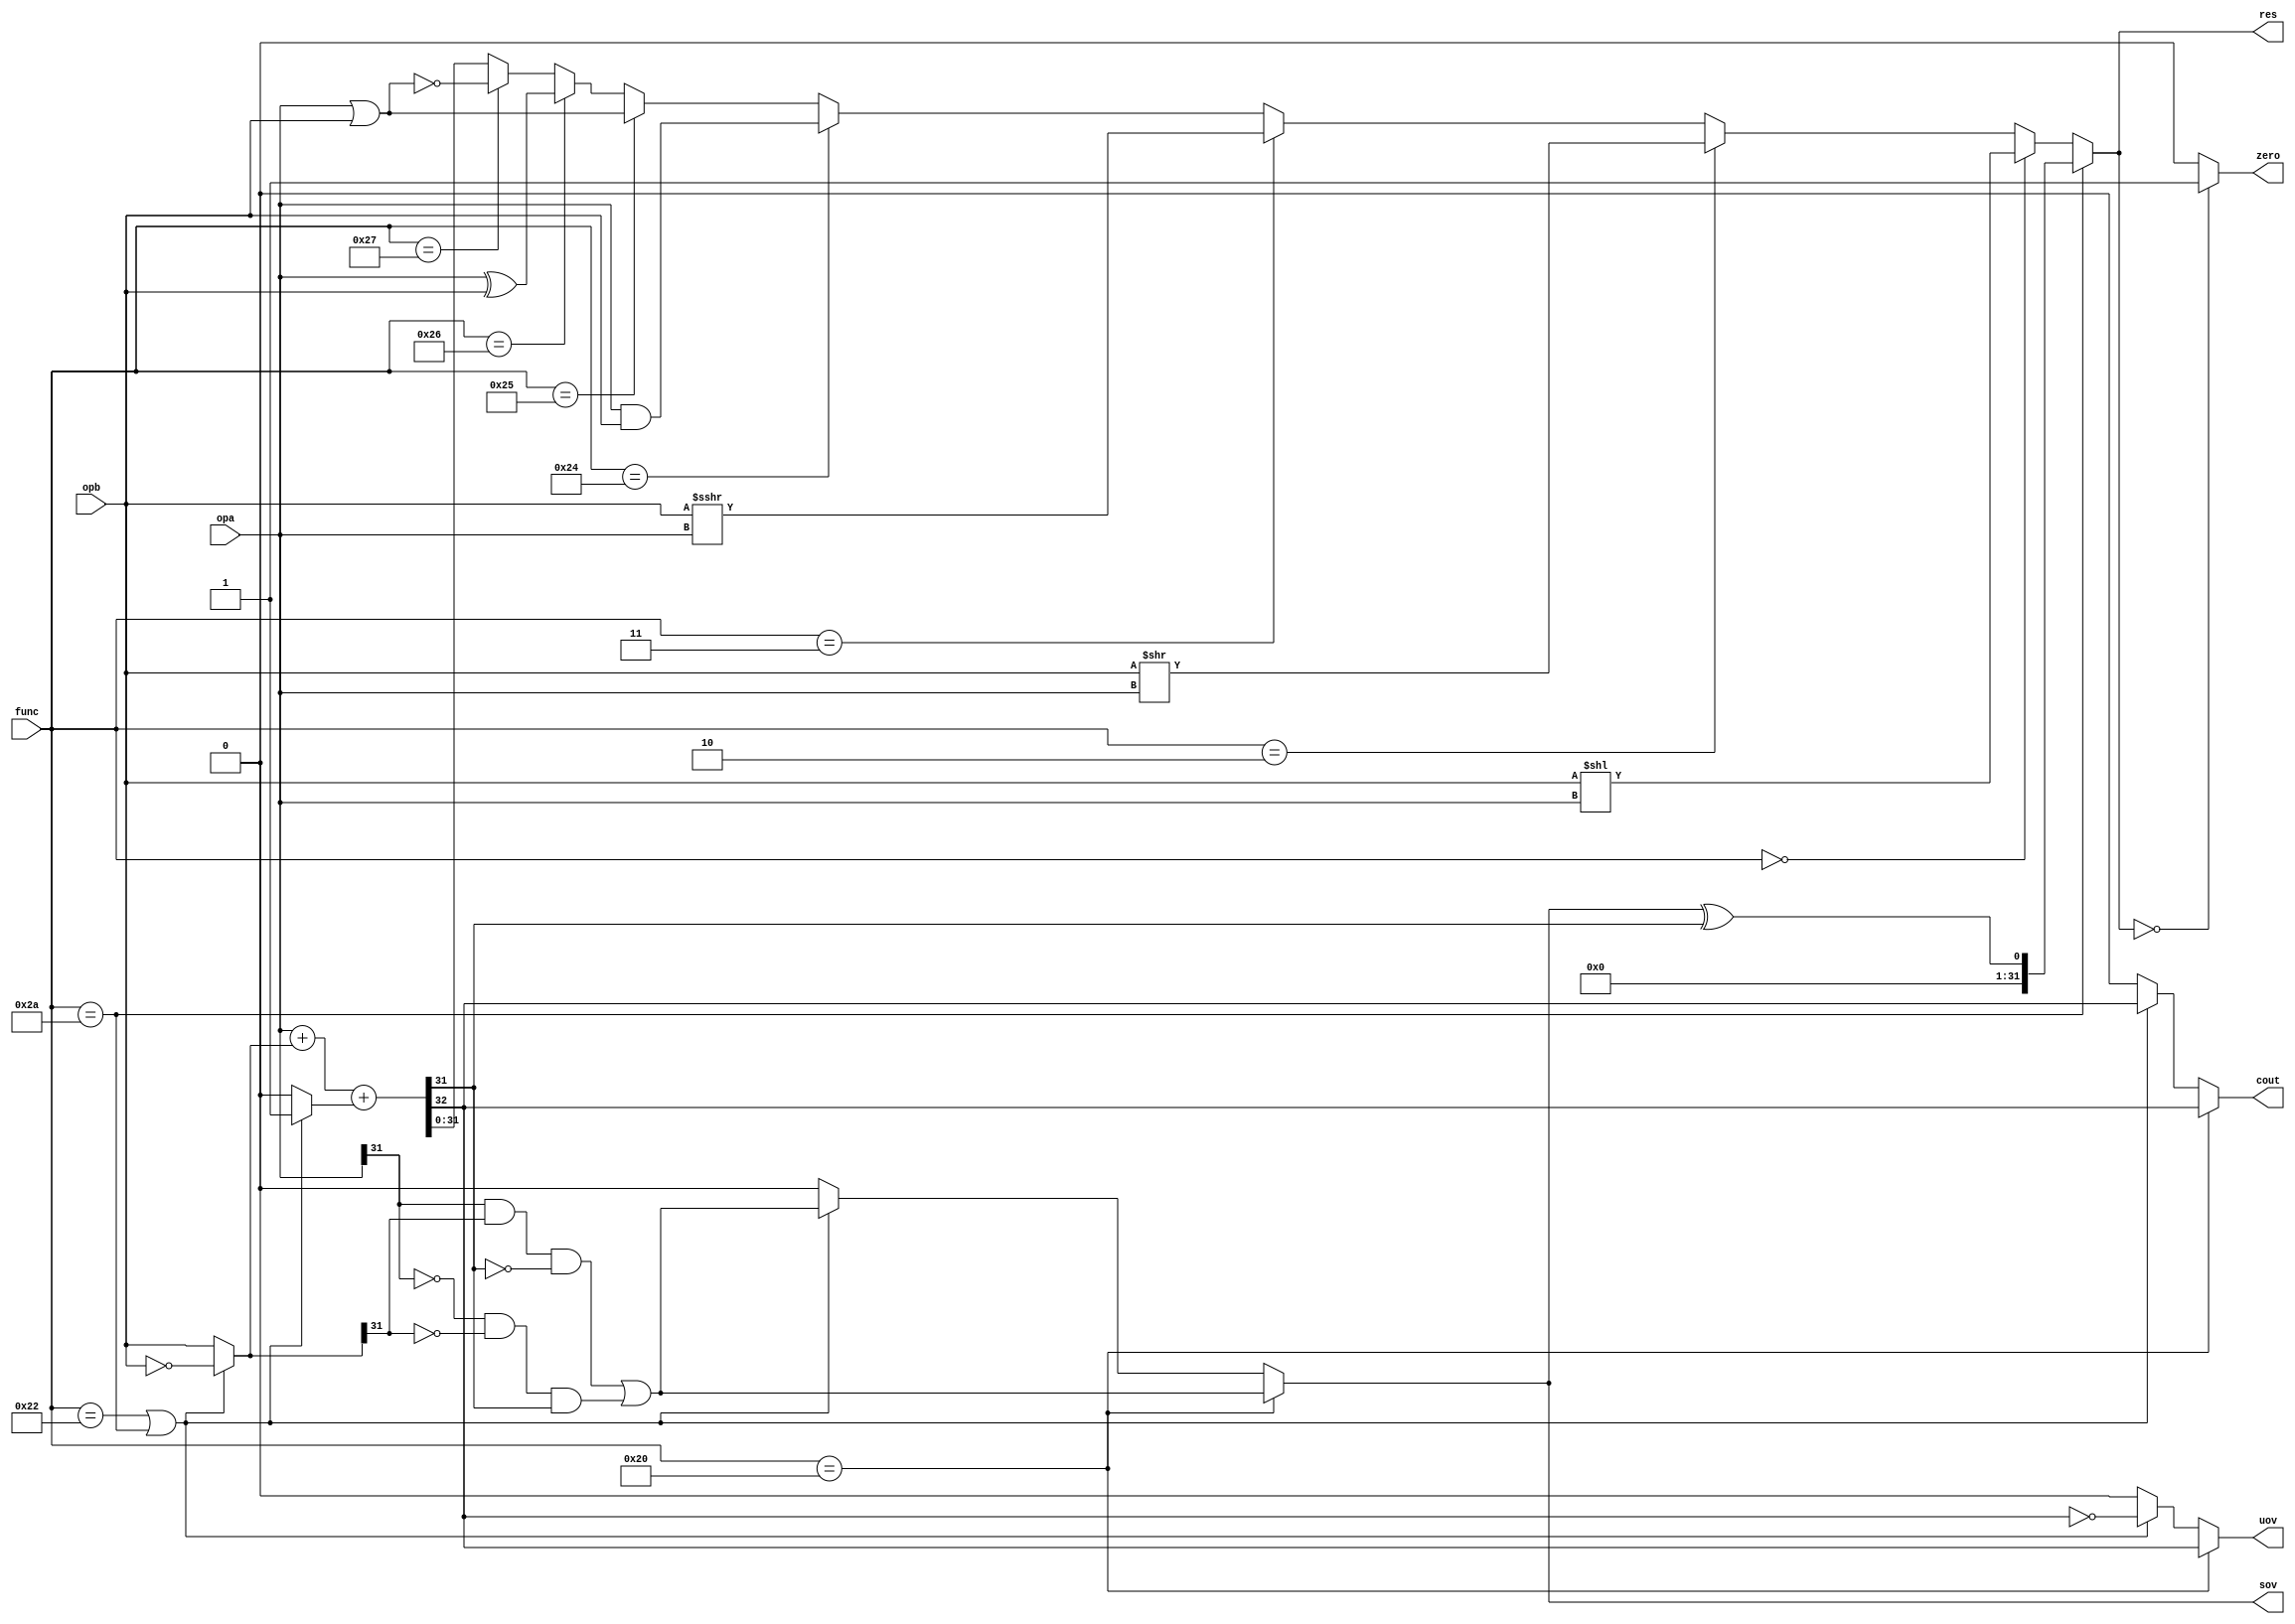
`timescale 1ns / 1ps
//////////////////////////////////////////////////////////////////////////////////
// Company: 
// Engineer: 
// 
// Design Name: 
// Module Name:    ee357_alu_top 
// Project Name: 
// Target Devices: 
// Tool versions: 
// Description: 
//		FUNC[5:0] =>
//         00 hex => shift left logical (opa = shift amount, opb = shift data)
//         02 hex => shift right logical (opa = shift amount, opb = shift data)
//         03 hex => shift right arithmetic (opa = shift amount, opb = shift data)
//         20 hex => add 
//         22 hex => sub (opa - opb)
//         24 hex => and
//         25 hex => or
//         26 hex => xor
//         27 hex => nor
//			  2a hex => slt
//		COUT => Raw carry-out for arithmetic operations, 0 for shift & logical ops.
//		UOV  => Unsigned overflow flag for arith. ops., 0 for shift & logical ops.
//		SOV  => Signed overflow flag for arith. ops., 0 for shift & logical ops.
// Dependencies: 
//
// Revision: 
// Revision 0.01 - File Created
// Additional Comments: 
//
//////////////////////////////////////////////////////////////////////////////////
module ee457_alu(
    input [31:0] opa,
    input [31:0] opb,
    input [5:0] func,
    output [31:0] res,
    output reg uov,
    output reg sov,
	 output zero,
    output reg cout
    );

	wire [32:0] arith_res;
	wire [31:0] slt_res;
	reg [31:0] res_fb;
	reg cin;
	reg [31:0] opb_int;
	wire slt_flag;
	wire signed [31:0] opb_signed;
	// Use these for decoding
	localparam FUNC_ADD = 6'b100000;
	localparam FUNC_SUB = 6'b100010;
	localparam FUNC_AND = 6'b100100;
	localparam FUNC_OR  = 6'b100101;
	localparam FUNC_XOR = 6'b100110;
	localparam FUNC_NOR = 6'b100111;
	localparam FUNC_SLT = 6'b101010;
	localparam FUNC_SLL = 6'b000000;
	localparam FUNC_SRL = 6'b000010;
	localparam FUNC_SRA = 6'b000011;
	localparam FUNC_JR  = 6'b001000;
	
	// Arithmetic operation pre-process
	always @(opb, func)
	begin
		// Sub && SLT
		if (func == FUNC_SUB || func == FUNC_SLT)
			begin
			opb_int <= ~opb;
			cin <= 1;			
			end
		// Add
		else
			begin
			opb_int <= opb;			
			cin <= 0;
			end
	end

	assign arith_res = {1'b0,opa} + {1'b0,opb_int} + cin;
	assign opb_signed = opb;
	// Result generation process
	always @(opa, opb, arith_res, opb_signed, func)
	begin
		// Shift left logical
		if (func == FUNC_SLL)
			res_fb <= opb << opa;
		// Shift right logical
		else if (func == FUNC_SRL)
			res_fb <= opb >> opa;
		// Shift right arithmetic
		else if (func == FUNC_SRA)
			res_fb <= opb_signed >>> opa;
		// AND
		else if (func == FUNC_AND)
			res_fb <= opa & opb;
		// OR
		else if (func == FUNC_OR)
			res_fb <= opa | opb;
		// XOR
		else if (func == FUNC_XOR)
			res_fb <= opa ^ opb;
		// NOR
		else if (func == FUNC_NOR) 
			res_fb <= ~(opa | opb);
		// Arithmetic result
		else
			res_fb <= arith_res[31:0];
	end
	
	// Output flag generation process
	always @(opa, opb_int, arith_res, func)
	begin
		// Default values for Shift and Logical ops
		uov <= 0;
		sov <= 0;
		cout <= 0;

		// Add 
		if (func == FUNC_ADD)
			begin
			cout <= arith_res[32];
			uov <= arith_res[32];
			sov <= (opa[31] & opb_int[31] & ~arith_res[31]) | 
					 (~opa[31] & ~opb_int[31] & arith_res[31]);
			end
		// Sub 
		else if (func == FUNC_SUB || func == FUNC_SLT)
			begin
			cout <= arith_res[32];
			uov <= ~arith_res[32];
			sov <= (opa[31] & opb_int[31] & ~arith_res[31]) | 
					 (~opa[31] & ~opb_int[31] & arith_res[31]);
			end		
	end
	
	// ============ TO BE COMPLETED BY YOU ==================
	// Change the logic for slt_flag below
	// slt_flag = 1 if result of subtraction indicates A < B, 
	//            0 otherwise
	// Be sure to take overflow into account 
	//            (Note: SLT assumes signed operands)
	assign slt_flag = sov ^ arith_res[31];

	assign slt_res = {31'b0, slt_flag};
	assign res = (func == FUNC_SLT) ? slt_res : res_fb;
	assign zero = (res == 32'b0) ? 1 : 0;
	
endmodule